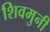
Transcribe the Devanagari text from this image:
शिवमुनी